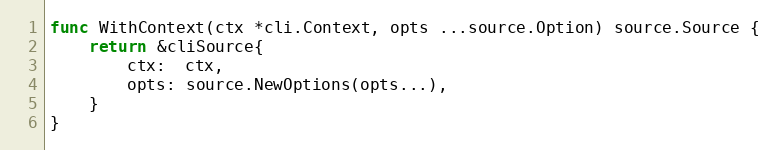
Language: Go
func WithContext(ctx *cli.Context, opts ...source.Option) source.Source {
	return &cliSource{
		ctx:  ctx,
		opts: source.NewOptions(opts...),
	}
}